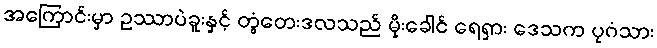
အကြောင်းမှာ ဥဿာပဲခူးနှင့် တွံတေးဒလသည် မိုးခေါင် ရေရှား ဒေသက ပုဂံသား